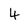
Character: 4